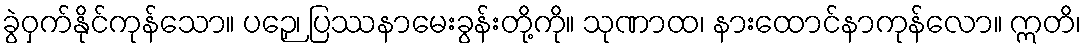
ခွဲဝှက်နိုင်ကုန်သော။ ပဉှေ၊ ပြဿနာမေးခွန်းတို့ကို။ သုဏာထ၊ နားထောင်နာကုန်လော။ ဣတိ၊